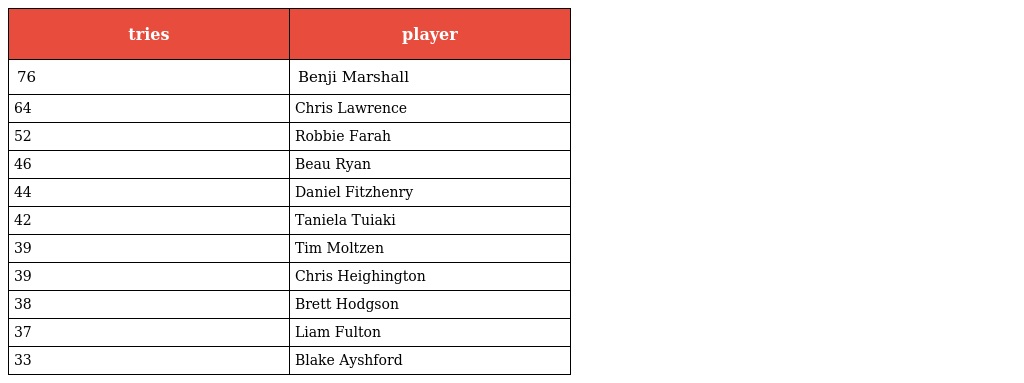
| tries | player |
 | --- | --- |
 | 76 | Benji Marshall |
 | 64 | Chris Lawrence |
 | 52 | Robbie Farah |
 | 46 | Beau Ryan |
 | 44 | Daniel Fitzhenry |
 | 42 | Taniela Tuiaki |
 | 39 | Tim Moltzen |
 | 39 | Chris Heighington |
 | 38 | Brett Hodgson |
 | 37 | Liam Fulton |
 | 33 | Blake Ayshford |